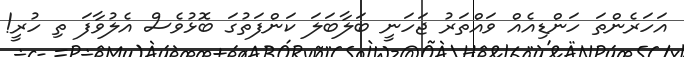
އަހަރެންތަ ހަންޑިއެއް ވައްތަރު ޖަހަނީ ބަލާބަލަ ކަންފަތުގަ ބޮޅުވެސް އެލުވާފަ ތި ހުރީ!